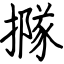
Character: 𢵌